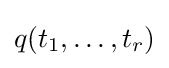
q(t_{1},\dots ,t_{r})